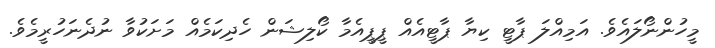
މީހުންނޯލައެވެ. އަމިއްލަ ޕާޓީ ކިޔާ ޕާޓީއެއް ޕީޕީއެމާ ކޯލިޝަން ހެދިކަމެއް މަށަކުވާ ނުދެނަހުރީމެވެ.